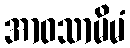
အာဝသာမိမံ